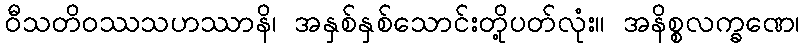
ဝီသတိဝဿသဟဿာနိ၊ အနှစ်နှစ်သောင်းတို့ပတ်လုံး။ အနိစ္စလက္ခဏေ၊